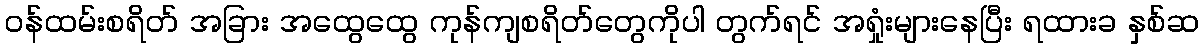
၀န်ထမ်းစရိတ် အခြား အထွေထွေ ကုန်ကျစရိတ်တွေကိုပါ တွက်ရင် အရှုံးများနေပြီး ရထားခ နှစ်ဆ